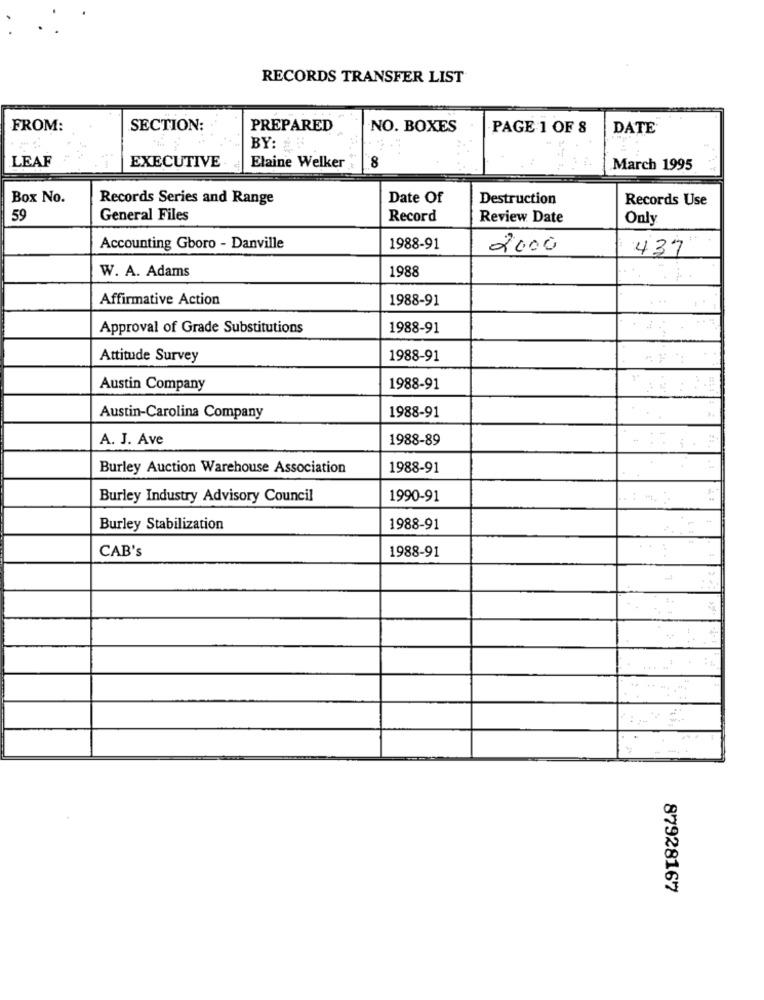
RECORDS TRANSFER LIST
FROM:
SECTION:
PREPARED
NO. BOXES
PAGE 1 OF 8
DATE
BY:
LEAF
EXECUTIVE
8
Elaine Welker
....
March 1995
Box No.
Records Series and Range
Date Of
Destruction
Records Use
59
General Files
Record
Review Date
Only
Accounting Gboro - Danville
1988-91
2000
437
W. A. Adams
1988
Affirmative Action
1988-91
Approval of Grade Substitutions
1988-91
Attitude Survey
1988-91
Austin Company
1988-91
Austin-Carolina Company
1988-91
A. J. Ave
1988-89
Burley Auction Warehouse Association
1988-91
Burley Industry Advisory Council
1990-91
Burley Stabilization
1988-91
CAB's
1988-91
87928167